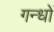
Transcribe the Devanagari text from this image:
गन्धों